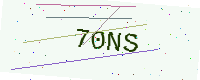
Text: 70NS